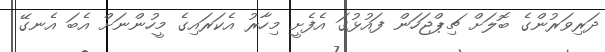
ދަރިވަރުންގެ ބޮލަށް ޗިޕްޖަހަން ފައުޅުގަ އެފެށީ މިހާރު އެކަރައިގެ މީހުންނަށް އެބަ އެނގޭ